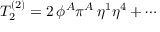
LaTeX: T _ { 2 } ^ { ( 2 ) } = 2 \, \phi ^ { A } \pi ^ { A } \, \eta ^ { 1 } \eta ^ { 4 } + \cdots